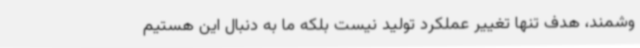
وشمند، هدف تنها تغییر عملکرد تولید نیست بلکه ما به دنبال این هستیم